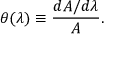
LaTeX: \theta ( \lambda ) \equiv \frac { d { \cal A } / d \lambda } { \cal A } .